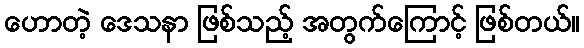
ဟောတဲ့ ဒေသနာ ဖြစ်သည့် အတွက်ကြောင့် ဖြစ်တယ်။